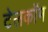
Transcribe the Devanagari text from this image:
टेलकॉम